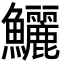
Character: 鱺